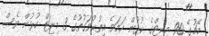
މެޗުގެ 90 މިނިޓްގެ ކުޅުން ހަމަވެ އިތުރުވަގުތުގެ 3 މިނިޓް ކުޅުން ވެސް